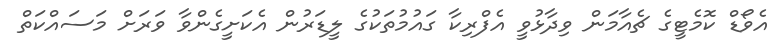
އެވޯޑް ކޮމެޓީގެ ޗެއާމަން ވިދާޅުވީ އެފްރިކާ ގައުމުތަކުގެ ލީޑަރުން އެކަށީގެންވާ ވަރަށް މަސައްކަތް